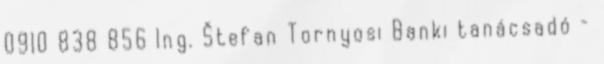
0910 838 856 Ing. Štefan Tornyosi Banki tanácsadó –